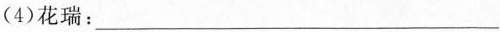
(4)花瑞：___